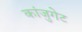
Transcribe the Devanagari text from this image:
कांजुगेट